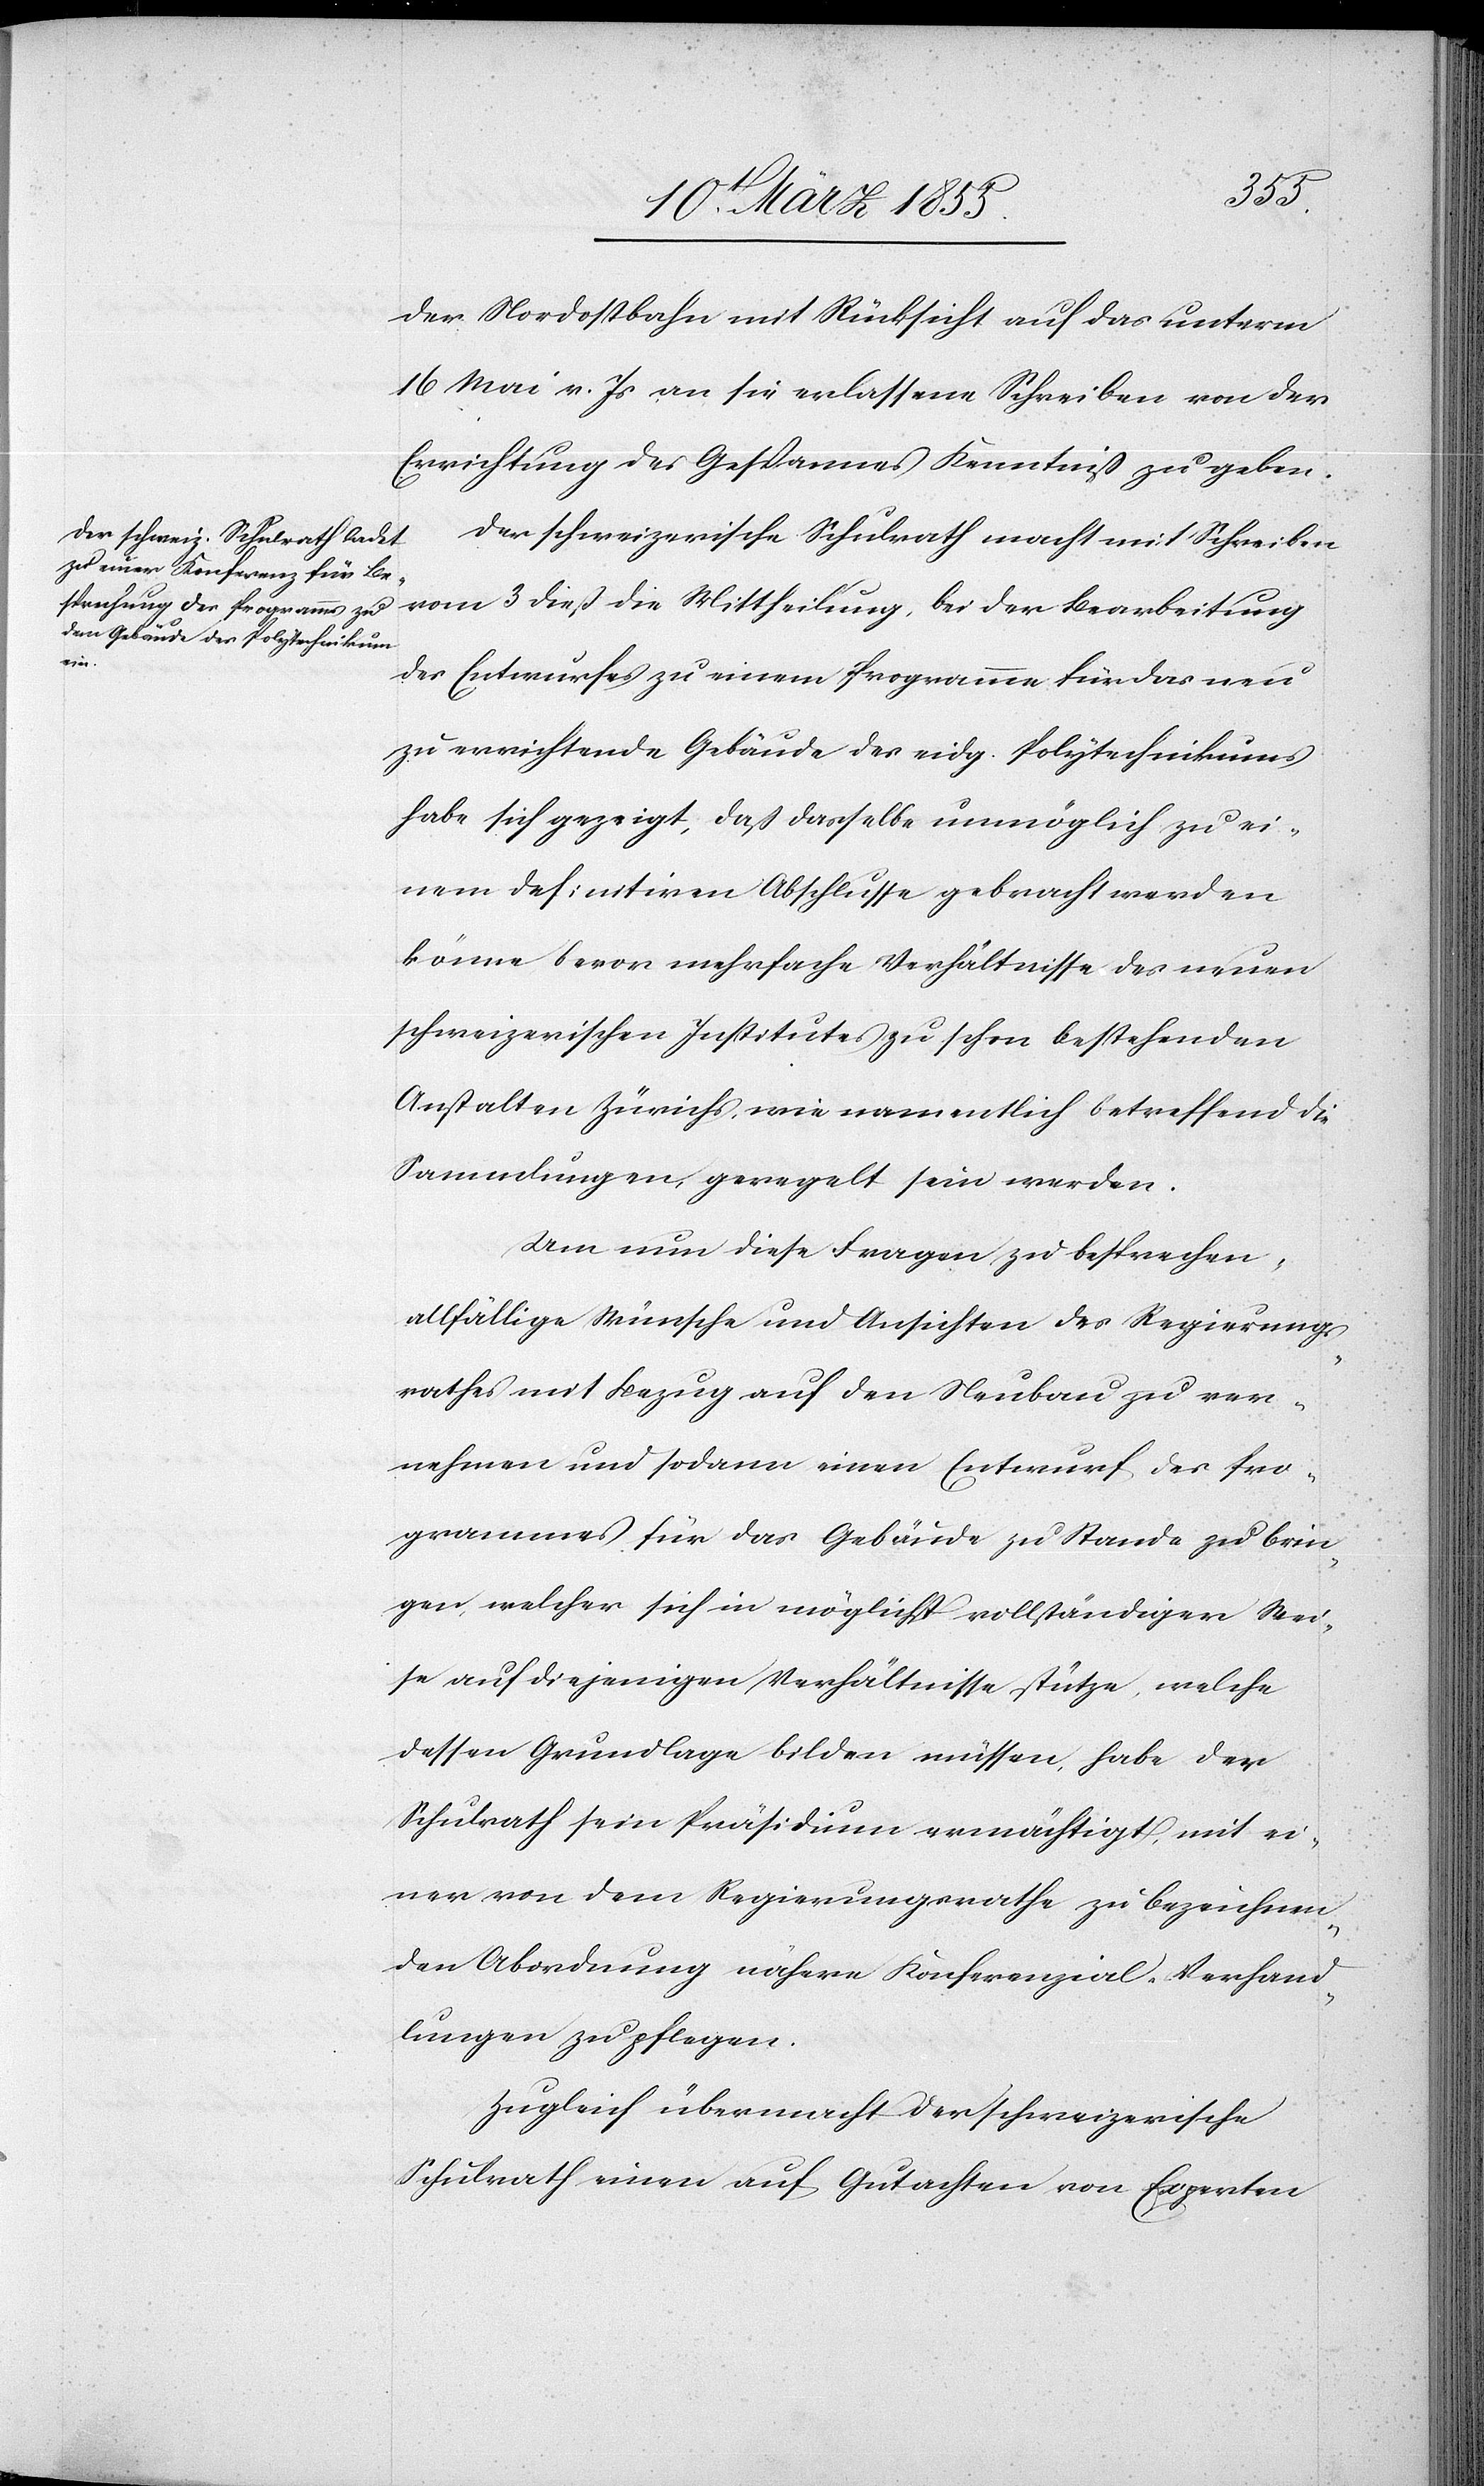
der Nordostbahn mit Rücksicht auf das unterm
16 Mai v. Js an sie erlassene Schreiben von der
Errichtung des Gespannes Kenntniß zu geben.
Der schweizerische Schulrath macht mit Schreiben
vom 3 dieß die Mittheilung, bei der Bearbeitung
des Entwurfes zu einem Programme für das neu
zu errichtende Gebäude des eidg. Polytechnikums
habe sich gezeigt, daß dasselbe unmöglich zu ei¬
nem definitiven Abschlusse gebracht werden
könne bevor mehrfache Verhältnisse des neuen
schweizerischen Institutes zu schon bestehenden
Anstalten Zürichs, wie namentlich betreffend die
Sammlungen, geregelt sein werden.
Um nun diese Fragen zu besprechen,
allfällige Wünsche und Ansichten des Regierungs¬
rathes mit Bezug auf den Neubau zu ver¬
nehmen und sodann einen Entwurf des Pro¬
grammes für das Gebäude zu Stande zu brin¬
gen, welcher sich in möglichst vollständiger Wei¬
se auf diejenigen Verhältnisse stütze, welche
dessen Grundlage bilden müssen, habe der
Schulrath sein Präsidium ermächtigt, mit ei¬
ner von dem Regierungsrathe zu bezeichnen¬
den Abordnung nähere Konferenzial-Verhand¬
lungen zu pflegen.
Zugleich übermacht der schweizerische
Schulrath einen auf Gutachten von Experten